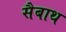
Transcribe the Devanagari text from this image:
सैबाथ